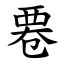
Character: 䙴